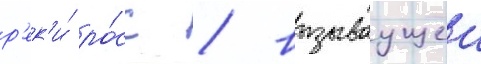
р'ек'и́ ро́сс / вызываущеи